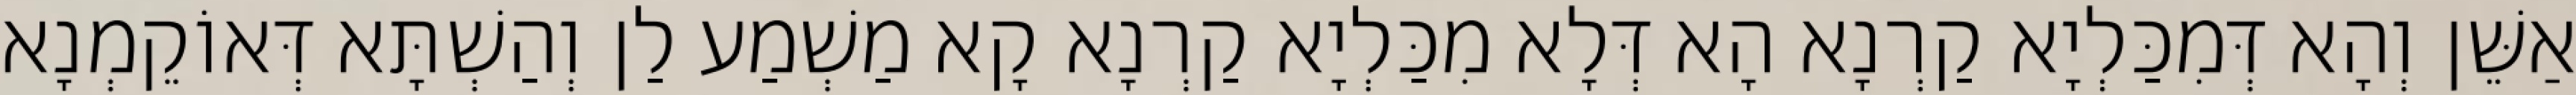
אַשֵּׁן וְהָא דְּמִכַּלְיָא קַרְנָא הָא דְּלָא מִכַּלְיָא קַרְנָא קָא מַשְׁמַע לַן וְהַשְׁתָּא דְּאוֹקֵמְנָא